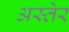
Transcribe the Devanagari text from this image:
अस्तेर